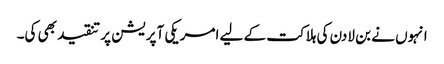
انہوں نے بن لادن کی ہلاکت کے لیے امریکی آپریشن پر تنقید بھی کی۔